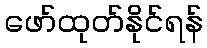
ဖော်ထုတ်နိုင်ရန်